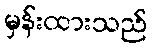
မှန်းထားသည်